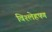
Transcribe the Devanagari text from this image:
विश्लेहषण